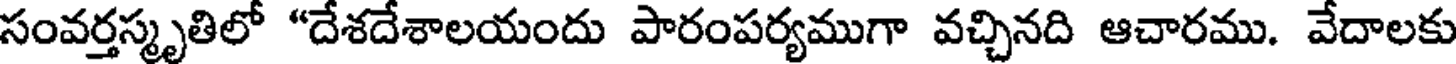
సంవర్తస్మృతిలో "దేశదేశాలయందు పారంపర్యముగా వచ్చినది ఆచారము. వేదాలకు